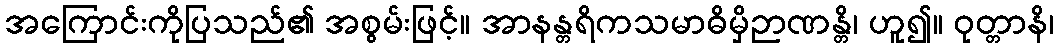
အကြောင်းကိုပြသည်၏ အစွမ်းဖြင့်။ အာနန္တရိကသမာဓိမှိဉာဏန္တိ၊ ဟူ၍။ ဝုတ္တာနိ၊